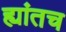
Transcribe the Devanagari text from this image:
ह्यांतच